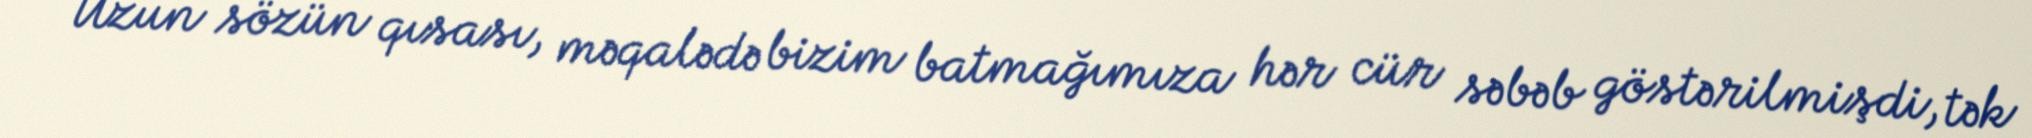
Uzun sözün qısası, məqalədə bizim batmağımıza hər cür səbəb göstərilmişdi, tək